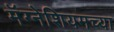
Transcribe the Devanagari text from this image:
मॅग्नेशियमच्या